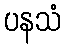
ပနသံ